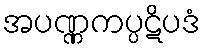
အပဏ္ဏကပ္ပဋိပဒံ